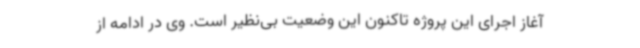
آغاز اجرای این پروژه تاکنون این وضعیت بی‌نظیر است. وی در ادامه از